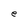
Character: e